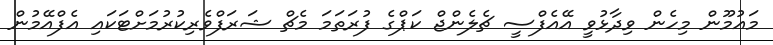
މައުމޫން މިހެން ވިދާޅުވީ އޭއެފްސީ ޗެލެންޖް ކަޕްގެ ފުރަތަމަ މެޗް ޝަރަފްވެރިކުރުމަށްޓަކައި އެފްއޭމުން